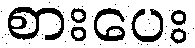
စားပေး